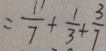
= \frac { 1 1 } { 7 } + \frac { 1 } { 3 } + \frac { 3 } { 7 }